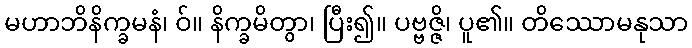
မဟာဘိနိက္ခမနံ၊ ဝ်။ နိက္ခမိတွာ၊ ပြီး၍။ ပဗ္ဗဇ္ဇိ၊ ပူ၏။ တိဿောမနုသာ